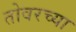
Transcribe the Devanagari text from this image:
तोवरच्या